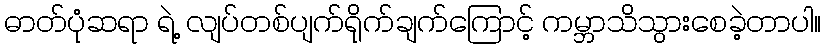
ဓာတ်ပုံဆရာ ရဲ့ လျပ်တစ်ပျက်ရိုက်ချက်ကြောင့် ကမ္ဘာသိသွားစေခဲ့တာပါ။